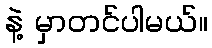
နဲ့ မှာတင်ပါမယ်။